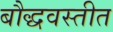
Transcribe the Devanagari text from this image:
बौद्धवस्तीत